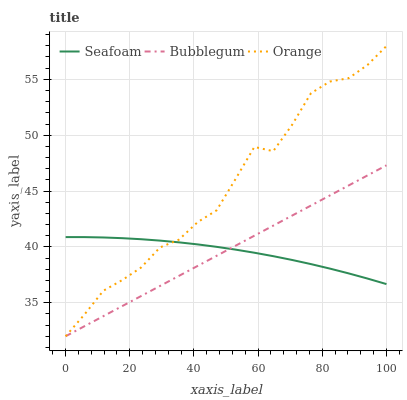
| xaxis_label | Seafoam | Bubblegum | Orange |
 | --- | --- | --- | --- |
 | 0 | 40.9 | 32 | 32 |
 | 5.88 | 40.9 | 32.9 | 34 |
 | 11.8 | 40.8 | 33.8 | 36.1 |
 | 17.6 | 40.8 | 34.7 | 37 |
 | 23.5 | 40.7 | 35.6 | 38.2 |
 | 29.4 | 40.6 | 36.5 | 40 |
 | 35.3 | 40.4 | 37.4 | 40.6 |
 | 41.2 | 40.2 | 38.3 | 42.2 |
 | 47.1 | 40 | 39.2 | 43.3 |
 | 52.9 | 39.8 | 40.1 | 46.1 |
 | 58.8 | 39.5 | 41 | 48.9 |
 | 64.7 | 39.2 | 41.9 | 48.6 |
 | 70.6 | 38.8 | 42.8 | 50.9 |
 | 76.5 | 38.5 | 43.7 | 53.8 |
 | 82.4 | 38.1 | 44.6 | 54.8 |
 | 88.2 | 37.6 | 45.5 | 55.1 |
 | 94.1 | 37.2 | 46.4 | 56.3 |
 | 100 | 36.7 | 47.3 | 58 |